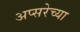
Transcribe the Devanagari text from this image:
अप्सरेच्या